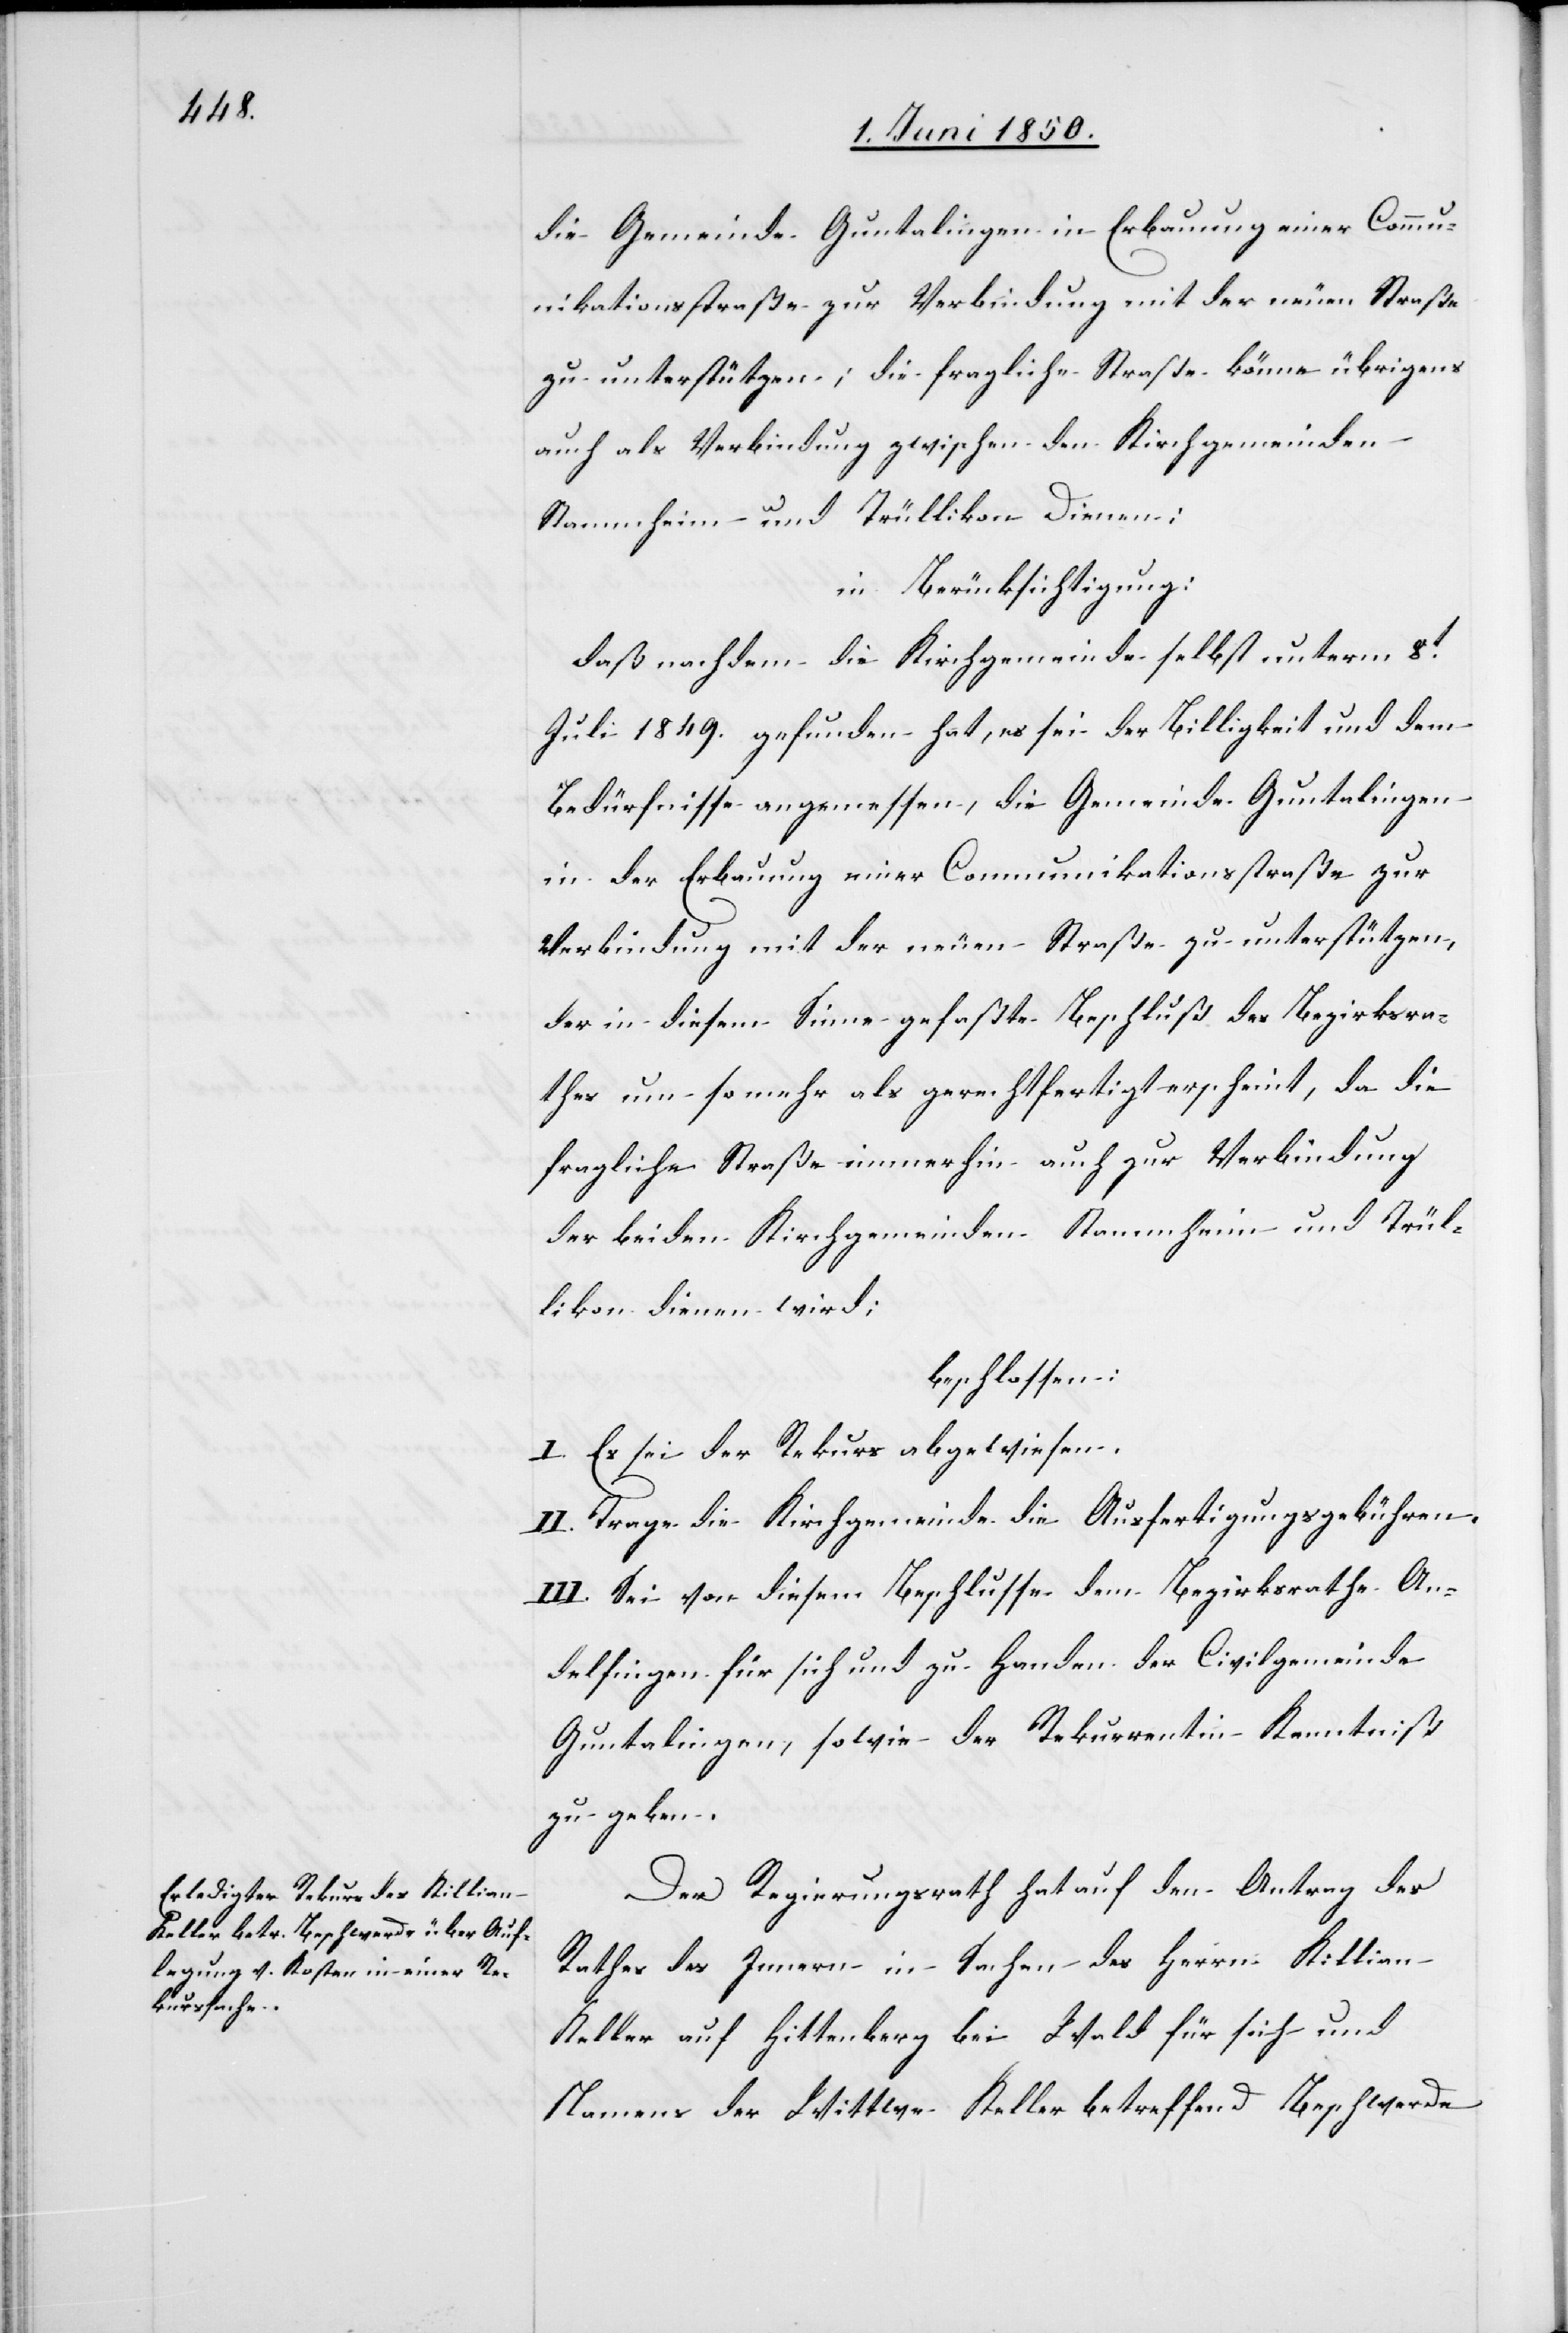
die Gemeinde Guntalingen in Erbauung einer Commu¬
nikationsstraße zur Verbindung mit der neuen Straße
zu unterstützen; die fragliche Straße könne übrigens
auch als Verbindung zwischen den Kirchgemeinden
Stammheim und Trüllikon dienen:
in Berücksichtigung:
daß nachdem die Kirchgemeinde selbst unterm 8t
Juli 1849. gefunden hat, es sei der Billigkeit und dem
Bedürfnisse angemessen, die Gemeinde Guntalingen
in der Erbauung einer Communikationsstraße zur
Verbindung mit der neuen Straße zu unterstützen,
der in diesem Sinne gefaßte Beschluß des Bezirksra¬
thes um so mehr als gerechtfertigt erscheint, da die
fragliche Straße immerhin auch zur Verbindung
der beiden Kirchgemeinden Stammheim und Trül¬
likon dienen wird;
beschlossen:
I. Es sei der Rekurs abgewiesen.
II. Trage die Kirchgemeinde die Ausfertigungsgebühren.
III. Sei von diesem Beschlusse dem Bezirksrathe An¬
delfingen für sich und zu Handen der Civilgemeinde
Guntalingen, sowie der Rekurrentin Kenntniß
zu geben.
Der Regierungsrath hat auf den Antrag des
Rathes des Innern in Sachen des Herrn Killian
Keller auf Hittenberg bei Wald für sich und
Namens der Wittwe Keller betreffend Beschwerde